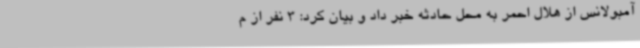
آمبولانس از هلال احمر به محل حادثه خبر داد و بیان کرد: 3 نفر از م